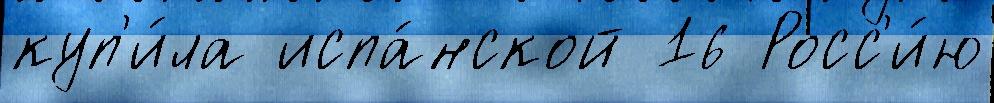
куп'и́ла испа́нской 16 Росс'и́ю